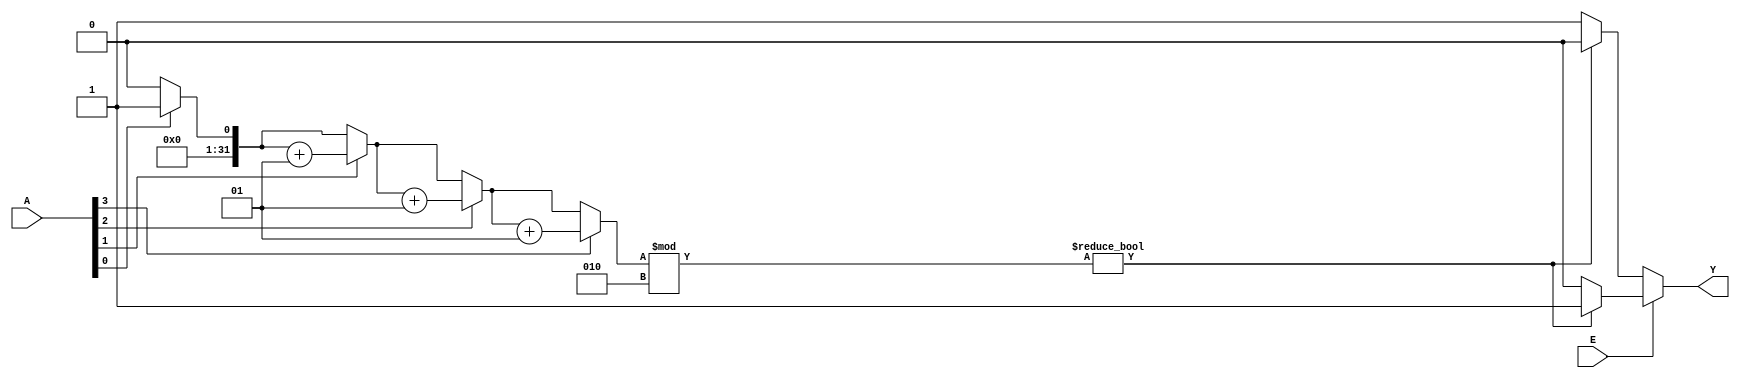
module parity_gen(A, Y, E);
parameter N = 4;
input E;
input [N-1:0] A;
output reg Y;
integer i;
integer c;
// E = 1 => even parity generator
// E = 0 => odd parity generator
always @(*) begin
	c = 0;
	for(i = 0; i < N; i=i+1)
	begin
		if (A[i])
		       c = c+1;
       end
       Y = (E == 1) ? ((c % 2) ? 1'b1:1'b0) : ((c % 2) ? 1'b0:1'b1);
end
endmodule